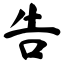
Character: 告